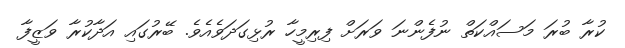
ކުރާ ބުރަ މަސައްކަތް ނުފެންނަ ވަރަށް ފިރިމީހާ ރުޅިގަދަވެއެވެ. ބޭރުގައި އަދާކުރާ ވަޒީފާ